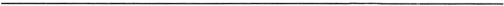
___